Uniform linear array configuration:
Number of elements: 12
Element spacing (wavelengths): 0.75
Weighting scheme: blackman
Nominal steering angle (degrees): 45
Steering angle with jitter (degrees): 44.033
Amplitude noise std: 0.05
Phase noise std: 0.05

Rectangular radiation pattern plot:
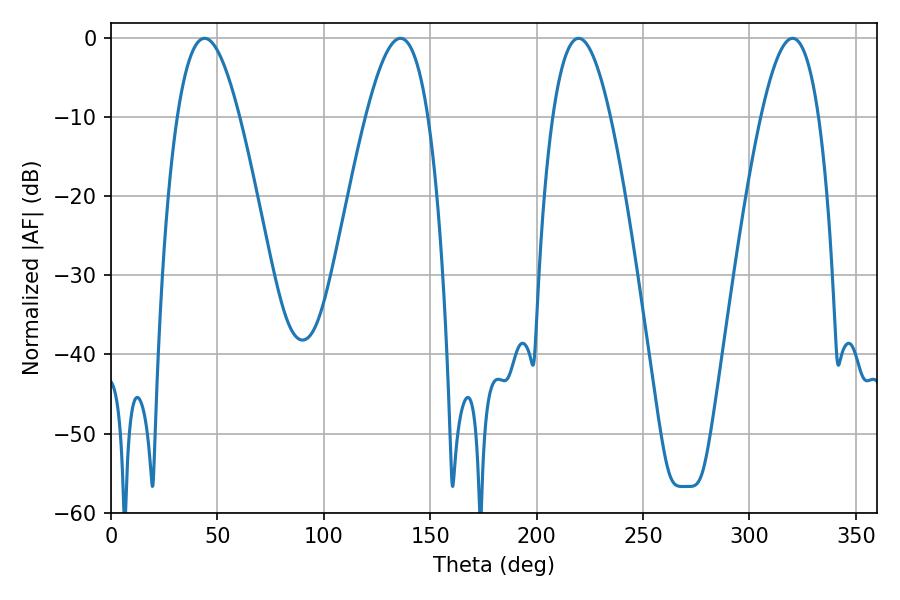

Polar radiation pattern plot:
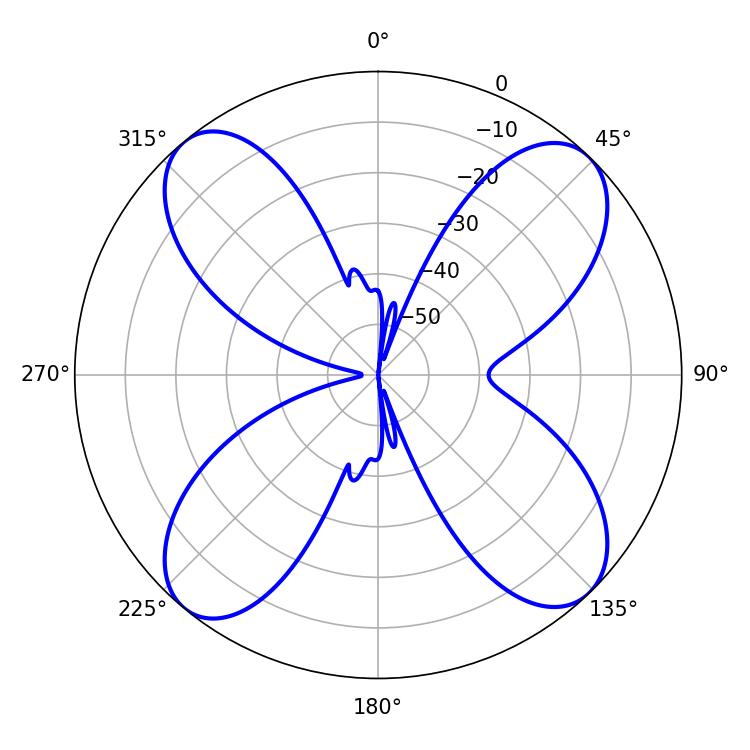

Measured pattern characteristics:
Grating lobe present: TRUE
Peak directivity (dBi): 15.081
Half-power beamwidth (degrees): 15.84
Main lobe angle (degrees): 43.92